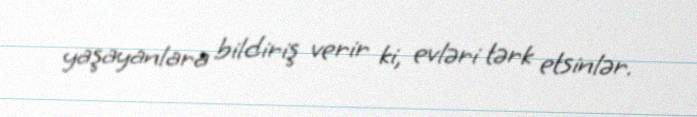
yaşayanlara bildiriş verir ki, evləri tərk etsinlər.